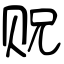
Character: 贶